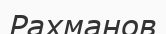
Рахманов